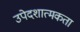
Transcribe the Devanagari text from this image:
उपेदशात्मकता